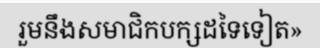
រួមនឹងសមាជិកបក្សដទៃទៀត»